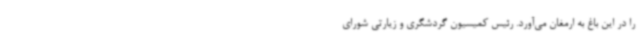
را در این باغ به ارمغان می‌آورد. رئیس کمیسیون گردشگری و زیارتی شورای